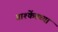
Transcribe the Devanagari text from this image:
ताश्केंतच्या